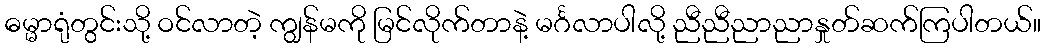
ဓမ္မာရုံတွင်းသို့ ဝင်လာတဲ့ ကျွန်မကို မြင်လိုက်တာနဲ့ မင်္ဂလာပါလို့ ညီညီညာညာနှုတ်ဆက်ကြပါတယ်။